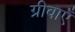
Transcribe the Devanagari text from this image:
ग्रीवाएँ